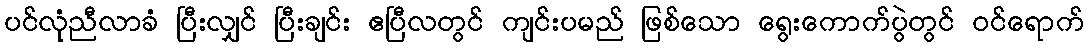
ပင်လုံညီလာခံ ပြီးလျှင် ပြီးချင်း ဧပြီလတွင် ကျင်းပမည် ဖြစ်သော ရွေးကောက်ပွဲတွင် ဝင်ရောက်